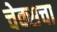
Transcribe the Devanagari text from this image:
चेक्सचा